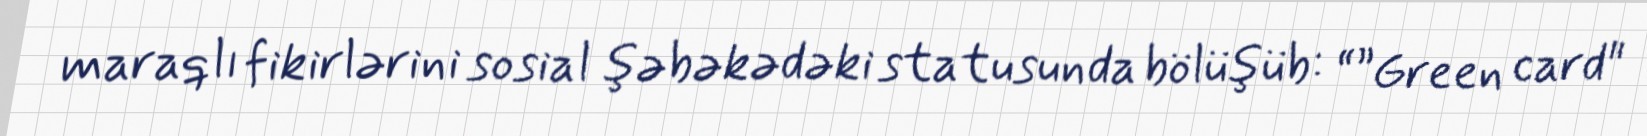
maraqlı fikirlərini sosial şəbəkədəki statusunda bölüşüb: “”Green card"